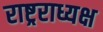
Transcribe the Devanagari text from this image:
राष्ट्रराध्यक्ष